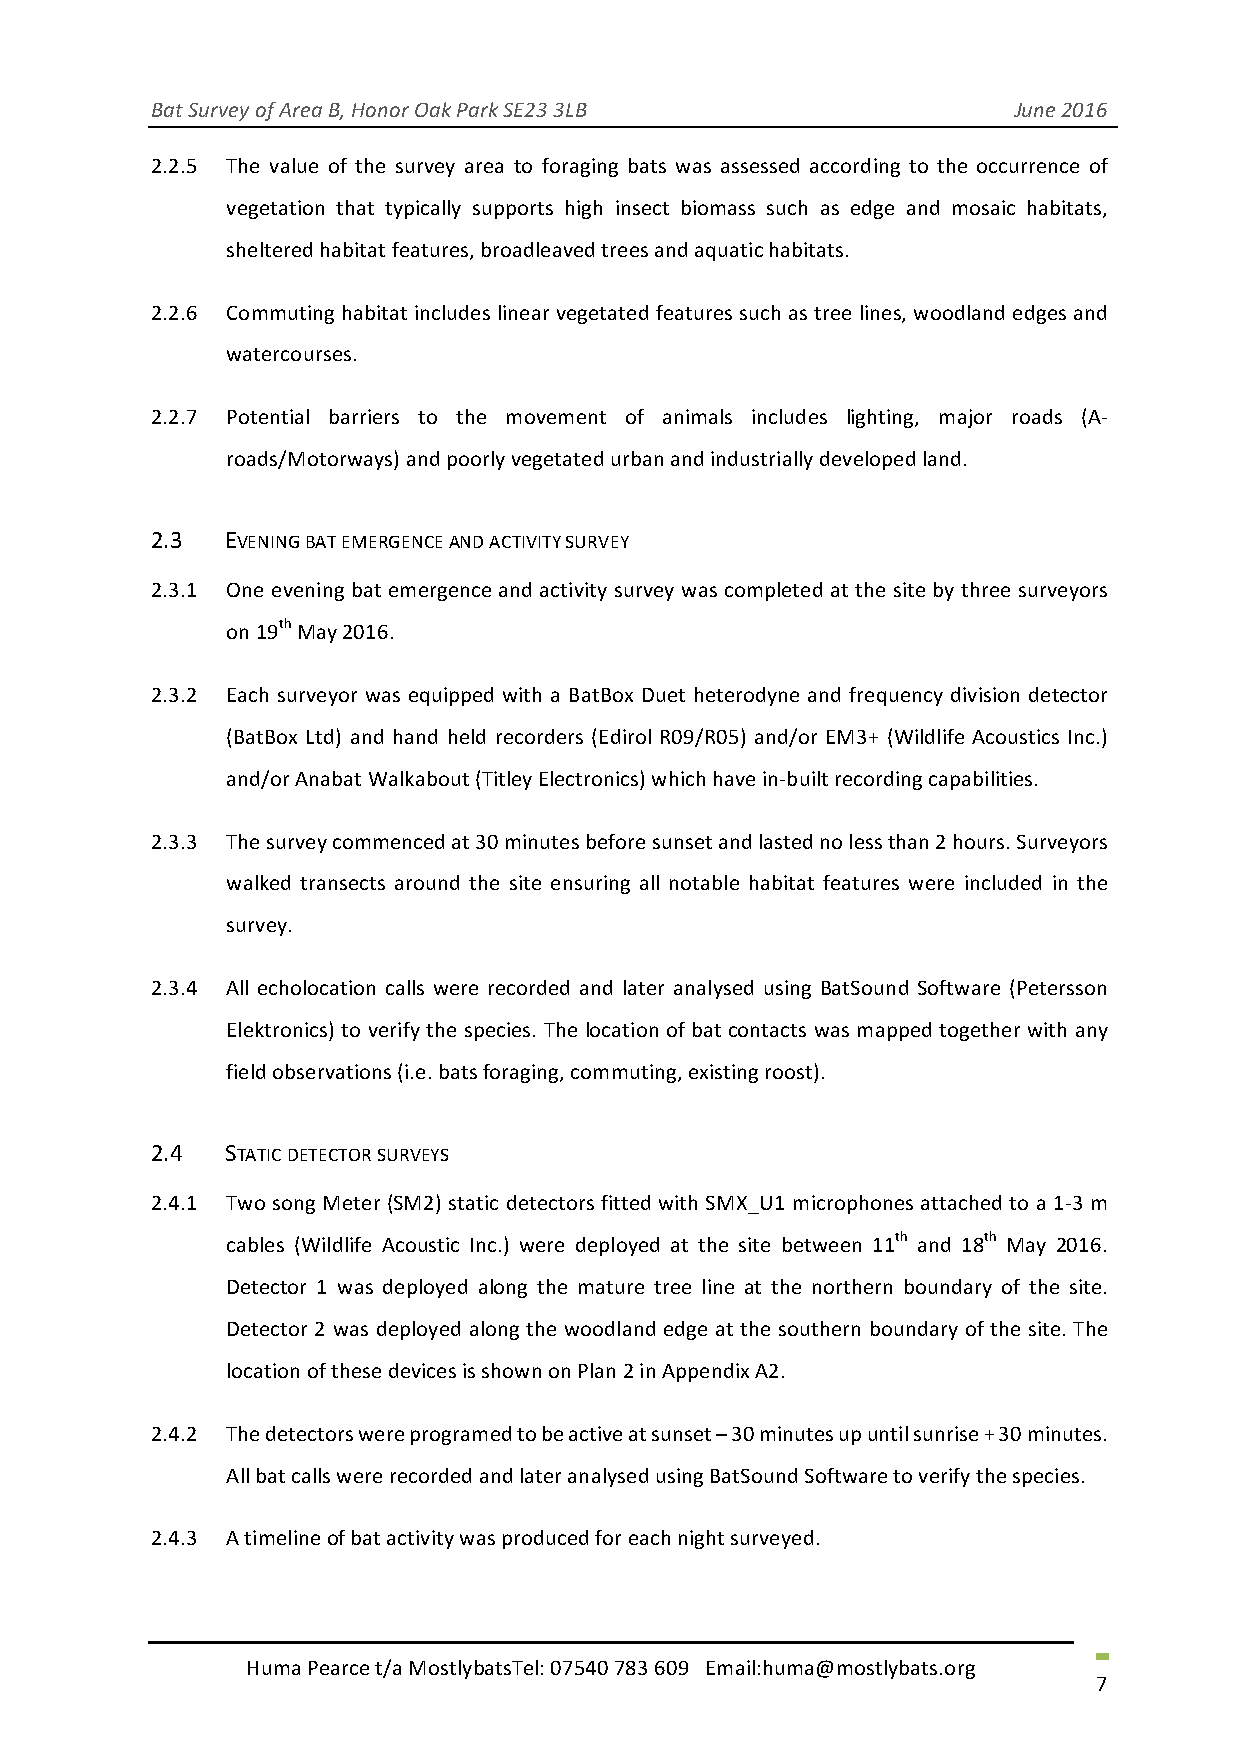
Bat Survey of Area B, Honor Oak Park SE23 3LB            June 2016
 2.2.5 The value of the survey area to foraging bats was assessed according to the occurrence of
 vegetation that typically supports high insect biomass such as edge and mosaic habitats,
 sheltered habitat features, broadleaved trees and aquatic habitats.
 2.2.6 Commuting habitat includes linear vegetated features such as tree lines, woodland edges and
 watercourses.
 2.2.7 Potential barriers to the movement of animals includes lighting, major roads (A-
 roads/Motorways) and poorly vegetated urban and industrially developed land.
 2.3  EVENING BAT EMERGENCE AND ACTIVITY SURVEY
 2.3.1 One evening bat emergence and activity survey was completed at the site by three surveyors
 on 19th May 2016.
 2.3.2 Each surveyor was equipped with a BatBox Duet heterodyne and frequency division detector
 (BatBox Ltd) and hand held recorders (Edirol R09/R05) and/or EM3+ (Wildlife Acoustics Inc.)
 and/or Anabat Walkabout (Titley Electronics) which have in-built recording capabilities.
 2.3.3 The survey commenced at 30 minutes before sunset and lasted no less than 2 hours. Surveyors
 walked transects around the site ensuring all notable habitat features were included in the
 survey.
 2.3.4 All echolocation calls were recorded and later analysed using BatSound Software (Petersson
 Elektronics) to verify the species. The location of bat contacts was mapped together with any
 field observations (i.e. bats foraging, commuting, existing roost).
 2.4  STATIC DETECTOR SURVEYS
 2.4.1 Two song Meter (SM2) static detectors fitted with SMX_U1 microphones attached to a 1-3 m
 cables (Wildlife Acoustic Inc.) were deployed at the site between 11th and 18th May 2016.
 Detector 1 was deployed along the mature tree line at the northern boundary of the site.
 Detector 2 was deployed along the woodland edge at the southern boundary of the site. The
 location of these devices is shown on Plan 2 in Appendix A2.
 2.4.2 The detectors were programed to be active at sunset – 30 minutes up until sunrise + 30 minutes.
 All bat calls were recorded and later analysed using BatSound Software to verify the species.
 2.4.3 A timeline of bat activity was produced for each night surveyed.
 Huma Pearce t/a MostlybatsTel: 07540 783 609 Email:huma@mostlybats.org
 7